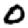
Digit: 0